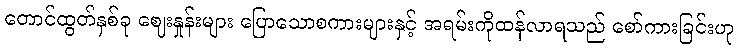
တောင်ထွတ်နှစ်ခု ဈေးနှုန်းများ ပြောသောစကားများနှင့် အရမ်းကိုထန်လာရသည် စော်ကားခြင်းဟု